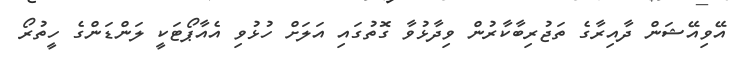
އޭވިއޭޝަން ދާއިރާގެ ތަޖުރިބާކާރުން ވިދާޅުވާ ގޮތުގައި އަލަށް ހުޅުވި އެއާޕޯޓަކީ ލަންޑަންގެ ހީތުރޯ